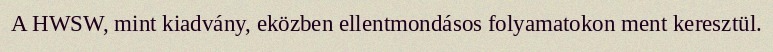
A HWSW, mint kiadvány, eközben ellentmondásos folyamatokon ment keresztül.